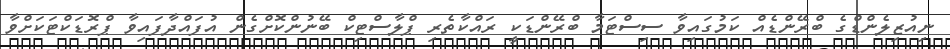
ނިއުޒިލެންޑްގެ ބްރޭންޑެއް ކަމުގައިވާ ސިސްޓަމާ ބްރޭންޑަކީ ރައްކާތެރި ޕްލާސްޓިކް ބޭނުންކޮށްގެން އުފައްދާފައިވާ ޕްރޮޑަކްޓަކަށްވާ